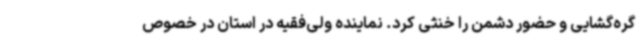
گره‌گشایی و حضور دشمن را خنثی کرد. نماینده ولی‌فقیه در استان در خصوص